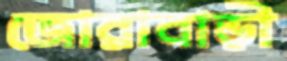
জোরাবাড়ী